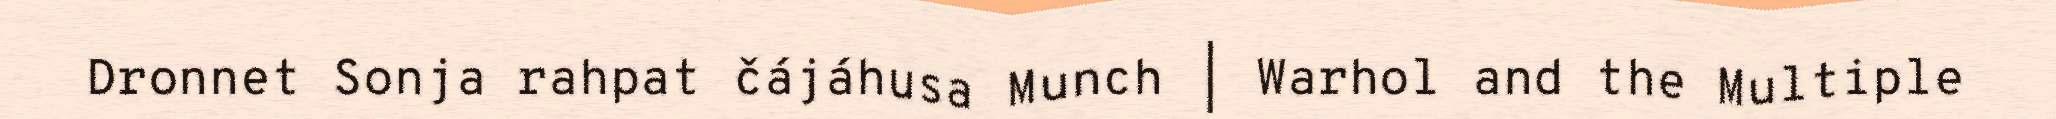
Dronnet Sonja rahpat čájáhusa Munch | Warhol and the Multiple